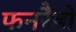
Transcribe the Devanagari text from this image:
फनरैंडो